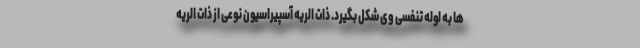
ها به لوله تنفسی وی شکل بگیرد. ذات الریه آسپیراسیون نوعی از ذات الریه